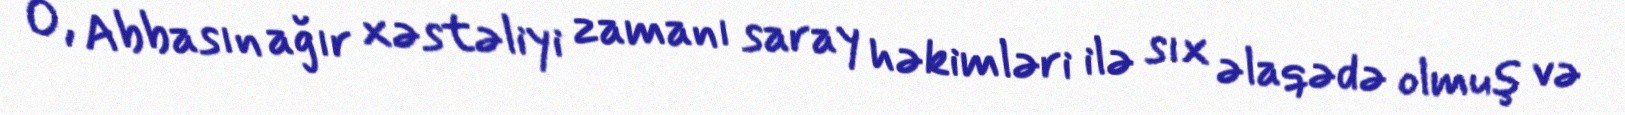
O, Abbasın ağır xəstəliyi zamanı saray həkimləri ilə sıx əlaqədə olmuş və